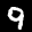
Label: 9